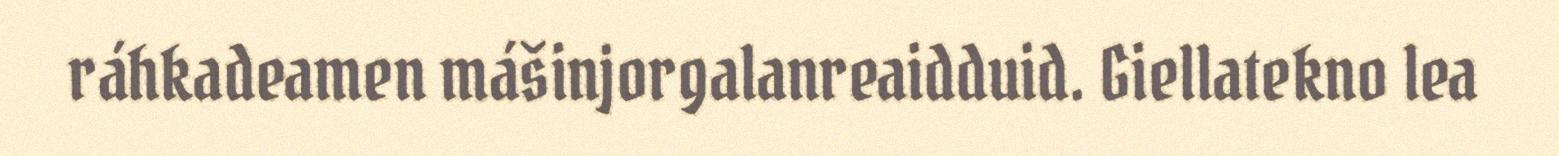
ráhkadeamen mášinjorgalanreaidduid. Giellatekno lea